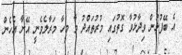
އެ ބޭފުޅުން ވިދާޅުވާ ގޮތުގައި މުރުތައްދު ވާ މީހާ މަރާލެވެނީ އޭނާ އެހެން